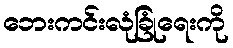
ဘေးကင်းလုံခြုံရေးကို